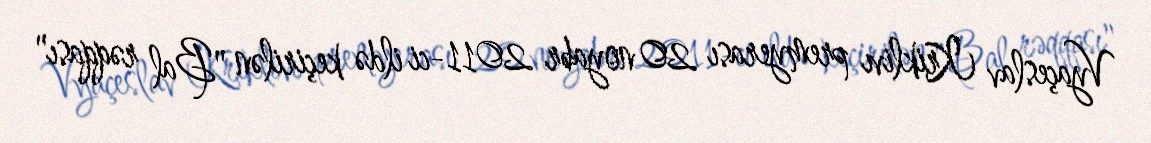
Vyaçeslav Kriklivı premyerası 20 noyabr 2011-ci ildə keçirilən "Bal rəqqası"